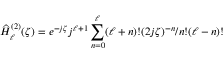
\widehat { H } _ { \ell } ^ { ( 2 ) } ( \zeta ) = e ^ { - j \zeta } j ^ { \ell + 1 } \sum _ { n = 0 } ^ { \ell } ( \ell + n ) ! ( 2 j \zeta ) ^ { - n } / n ! ( \ell - n ) !